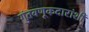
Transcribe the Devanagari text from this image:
गुंतवणूकदारांशी